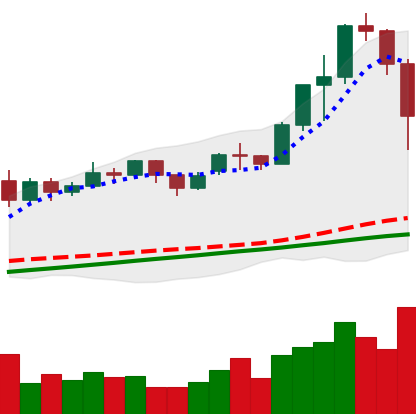
Ticker: ETH-USD
Chart end date: 2020-11-26
Forward return: 13.208%
Label: up_7plus